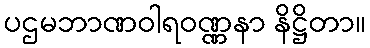
ပဌမဘာဏဝါရဝဏ္ဏနာ နိဋ္ဌိတာ။